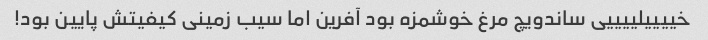
خییییلییییی ساندویچ مرغ خوشمزه بود آفرین اما سیب زمینی کیفیتش پایین بود!